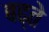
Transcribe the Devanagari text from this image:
बढ्ते